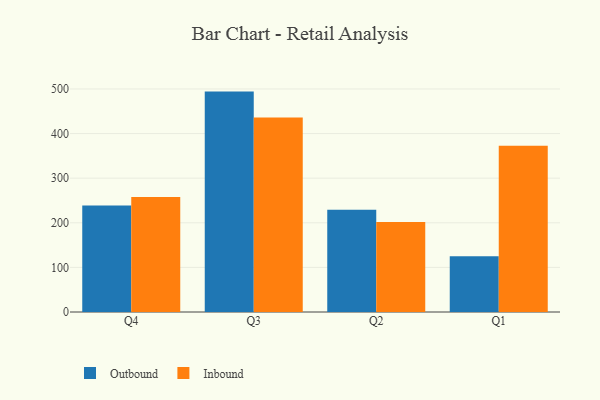
{"axis": {"x": "Quarter", "y": "Inventory Turnover"}, "legend": ["Inbound", "Outbound"], "data": [{"x": "Q4", "y": 238.9, "type": "Outbound"}, {"x": "Q4", "y": 257.6, "type": "Inbound"}, {"x": "Q3", "y": 494.1, "type": "Outbound"}, {"x": "Q3", "y": 436.3, "type": "Inbound"}, {"x": "Q2", "y": 229.0, "type": "Outbound"}, {"x": "Q2", "y": 201.5, "type": "Inbound"}, {"x": "Q1", "y": 125.2, "type": "Outbound"}, {"x": "Q1", "y": 372.8, "type": "Inbound"}]}